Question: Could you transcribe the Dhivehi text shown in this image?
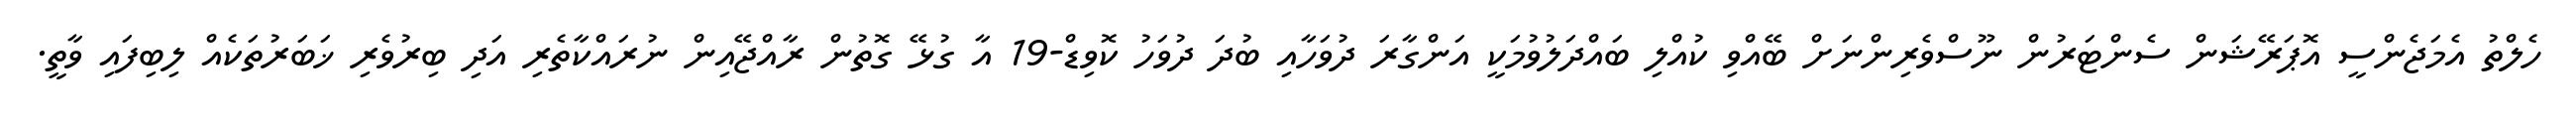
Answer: ހެލްތު އެމަޖެންސީ އޮޕަރޭޝަން ސެންޓަރުން ނޫސްވެރިންނަށް ބޭއްވި ކުއްލި ބައްދަލުވުމަކީ އަންގާރަ ދުވަހާއި ބުދަ ދުވަހު ކޮވިޑް-19 އާ ގުޅޭ ގޮތުން ރާއްޖޭއިން ނުރައްކާތެރި އަދި ބިރުވެރި ޚަބަރުތަކެއް ލިބިފައި ވާތީ.